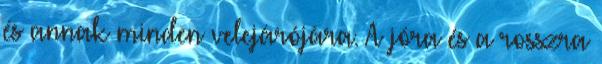
és annak minden velejárójára. A jóra és a rosszra